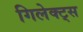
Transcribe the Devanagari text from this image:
गिलेक्ट्स